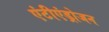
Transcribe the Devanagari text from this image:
एंटीएंड्रोजन